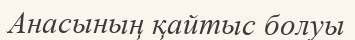
Анасының қайтыс болуы